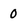
Character: 0